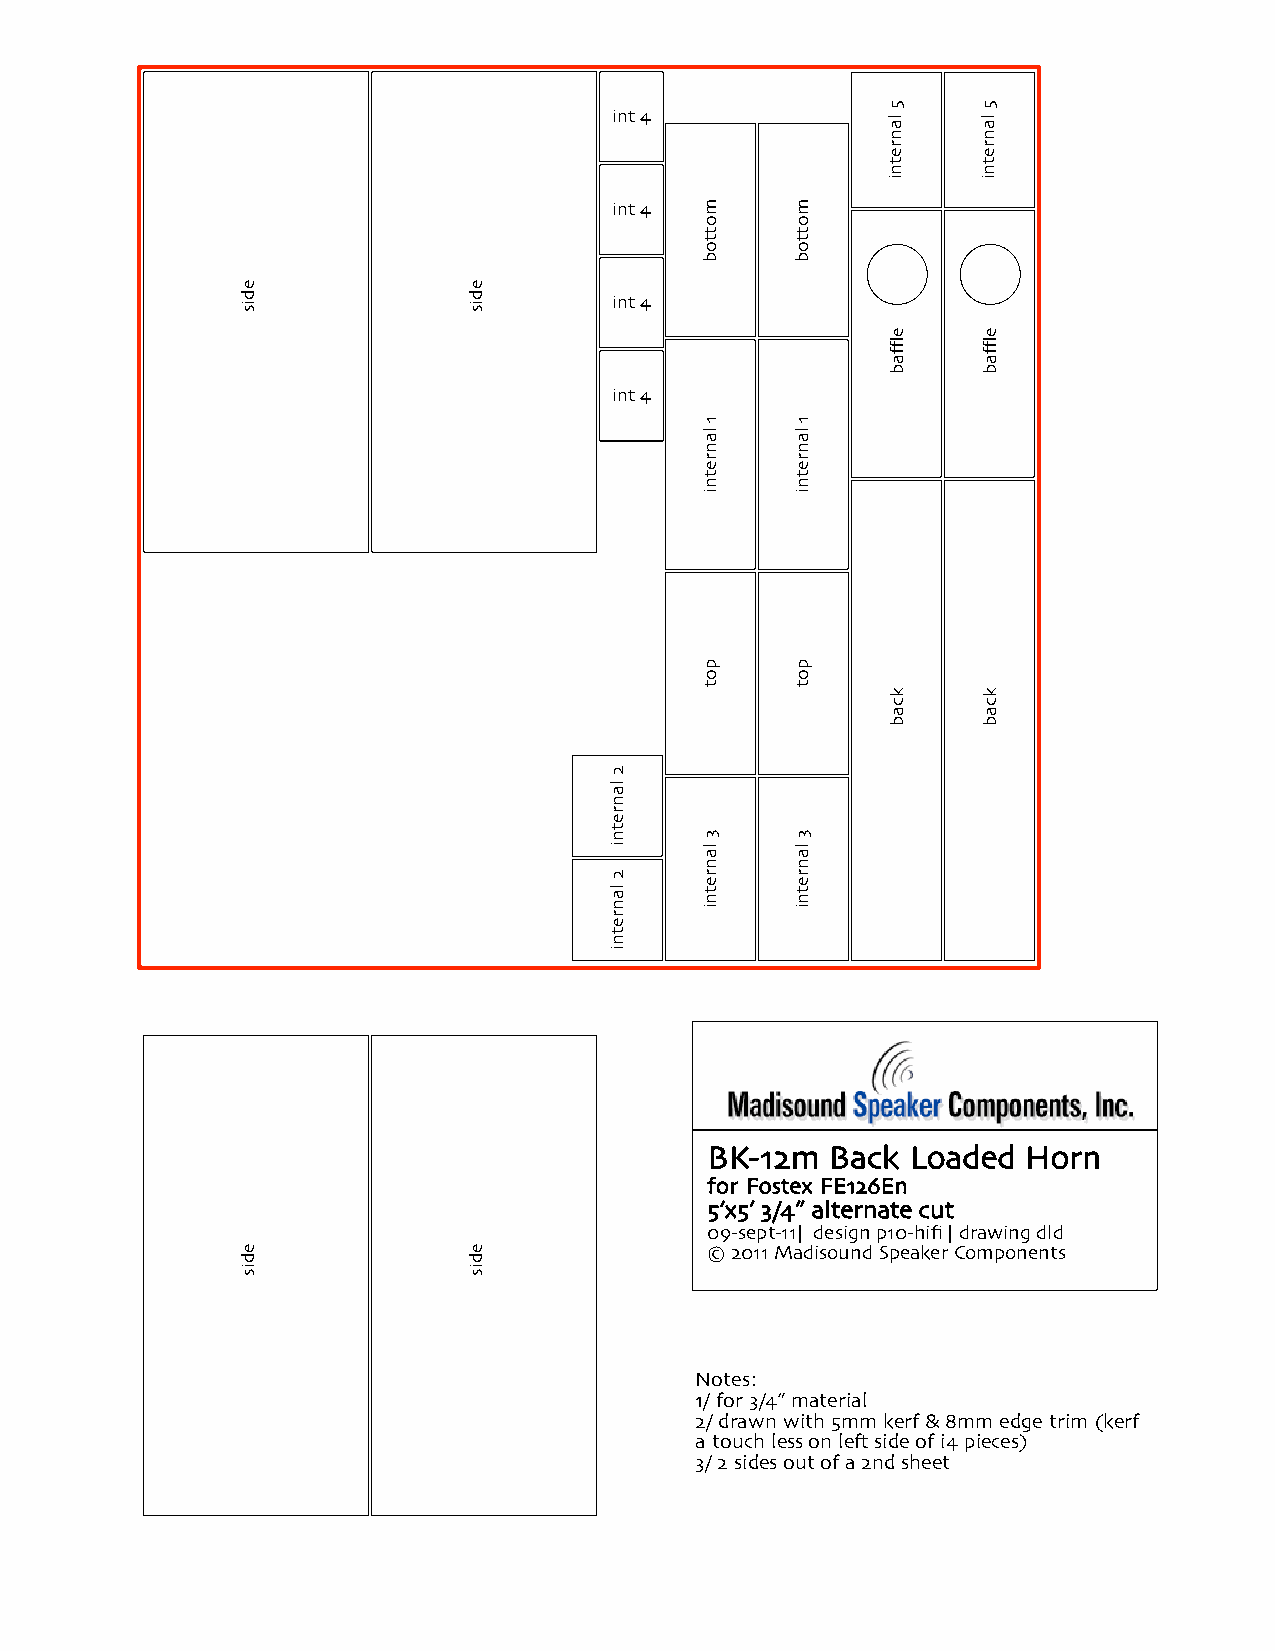
int 4
 int 4
 int 4
 int 4
 BK-12m  Back Loaded  Horn
 for Fostex FE126En
 5’x5’ 3/4” alternate cut
 09-sept-11| design p10-hifi | drawing dld
 © 2011 Madisound Speaker Components
 Notes:
 1/ for 3/4” material
 2/ drawn with 5mm kerf & 8mm edge trim (kerf
 a touch less on le+ side of i4 pieces)
 3/ 2 sides out of a 2nd sheet
 edis
 edis
 edis
 edis
 2
 lanretni
 2
 lanretni
 mottob
 1
 lanretni
 pot
 3
 lanretni
 mottob
 1
 lanretni
 pot
 3
 lanretni
 5
 lanretni
 efflab
 kcab
 5
 lanretni
 efflab
 kcab